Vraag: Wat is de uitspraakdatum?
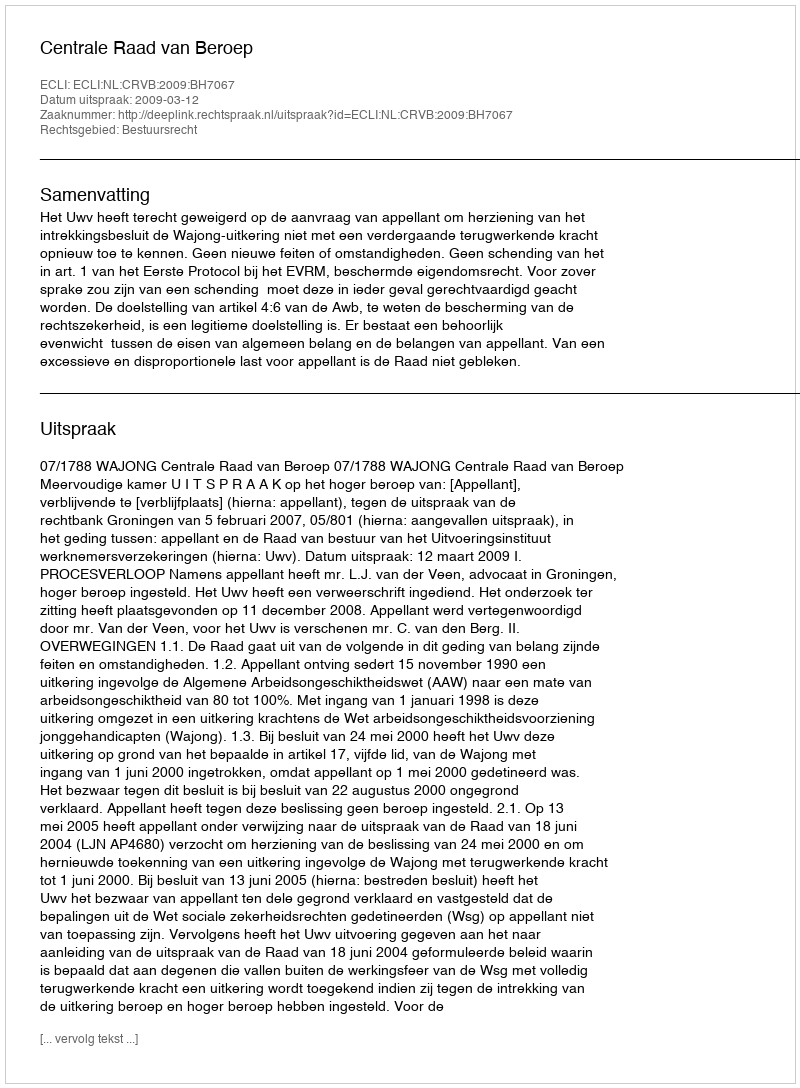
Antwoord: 2009-03-12